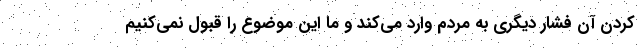
کردن آن فشار دیگری به مردم وارد می‌کند و ما این موضوع را قبول نمی‌کنیم